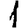
Digit: 1